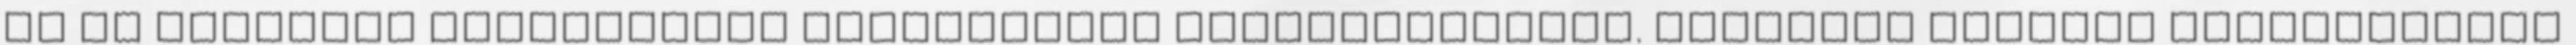
az új törvényi szabályozás működésének tapasztalatait. Mindezek alapján tisztelettel